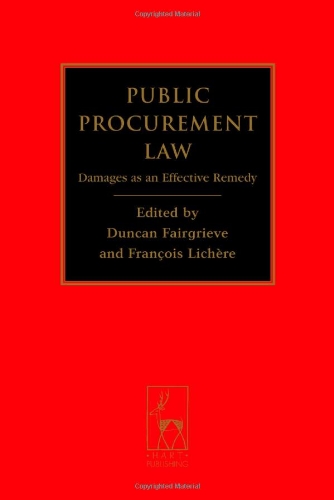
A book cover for Public Procurement Law: Damages as an Effective Remedy; Law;